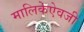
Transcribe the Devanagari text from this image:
मालिकेऐवजी